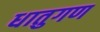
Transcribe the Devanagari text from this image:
धातुगण